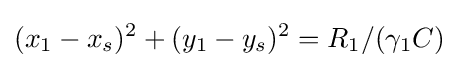
(x_{1}-x_{s})^{2}+(y_{1}-y_{s})^{2}=R_{1}/(\gamma _{1}C)